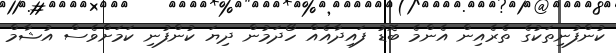
ކުންފުނިތަކުގެ ތެރެއިން އެންމެ ބޮޑު ފައިދާއެއް ހޯދަމުން ދިޔަ ކުންފުނި ކަމަށްވެސް އުޝާމް